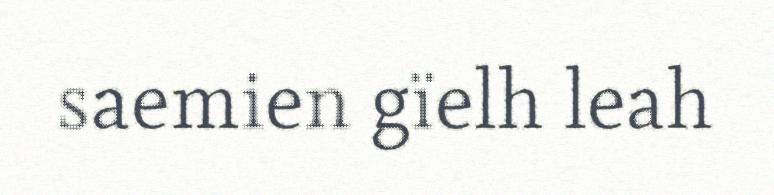
saemien gïelh leah